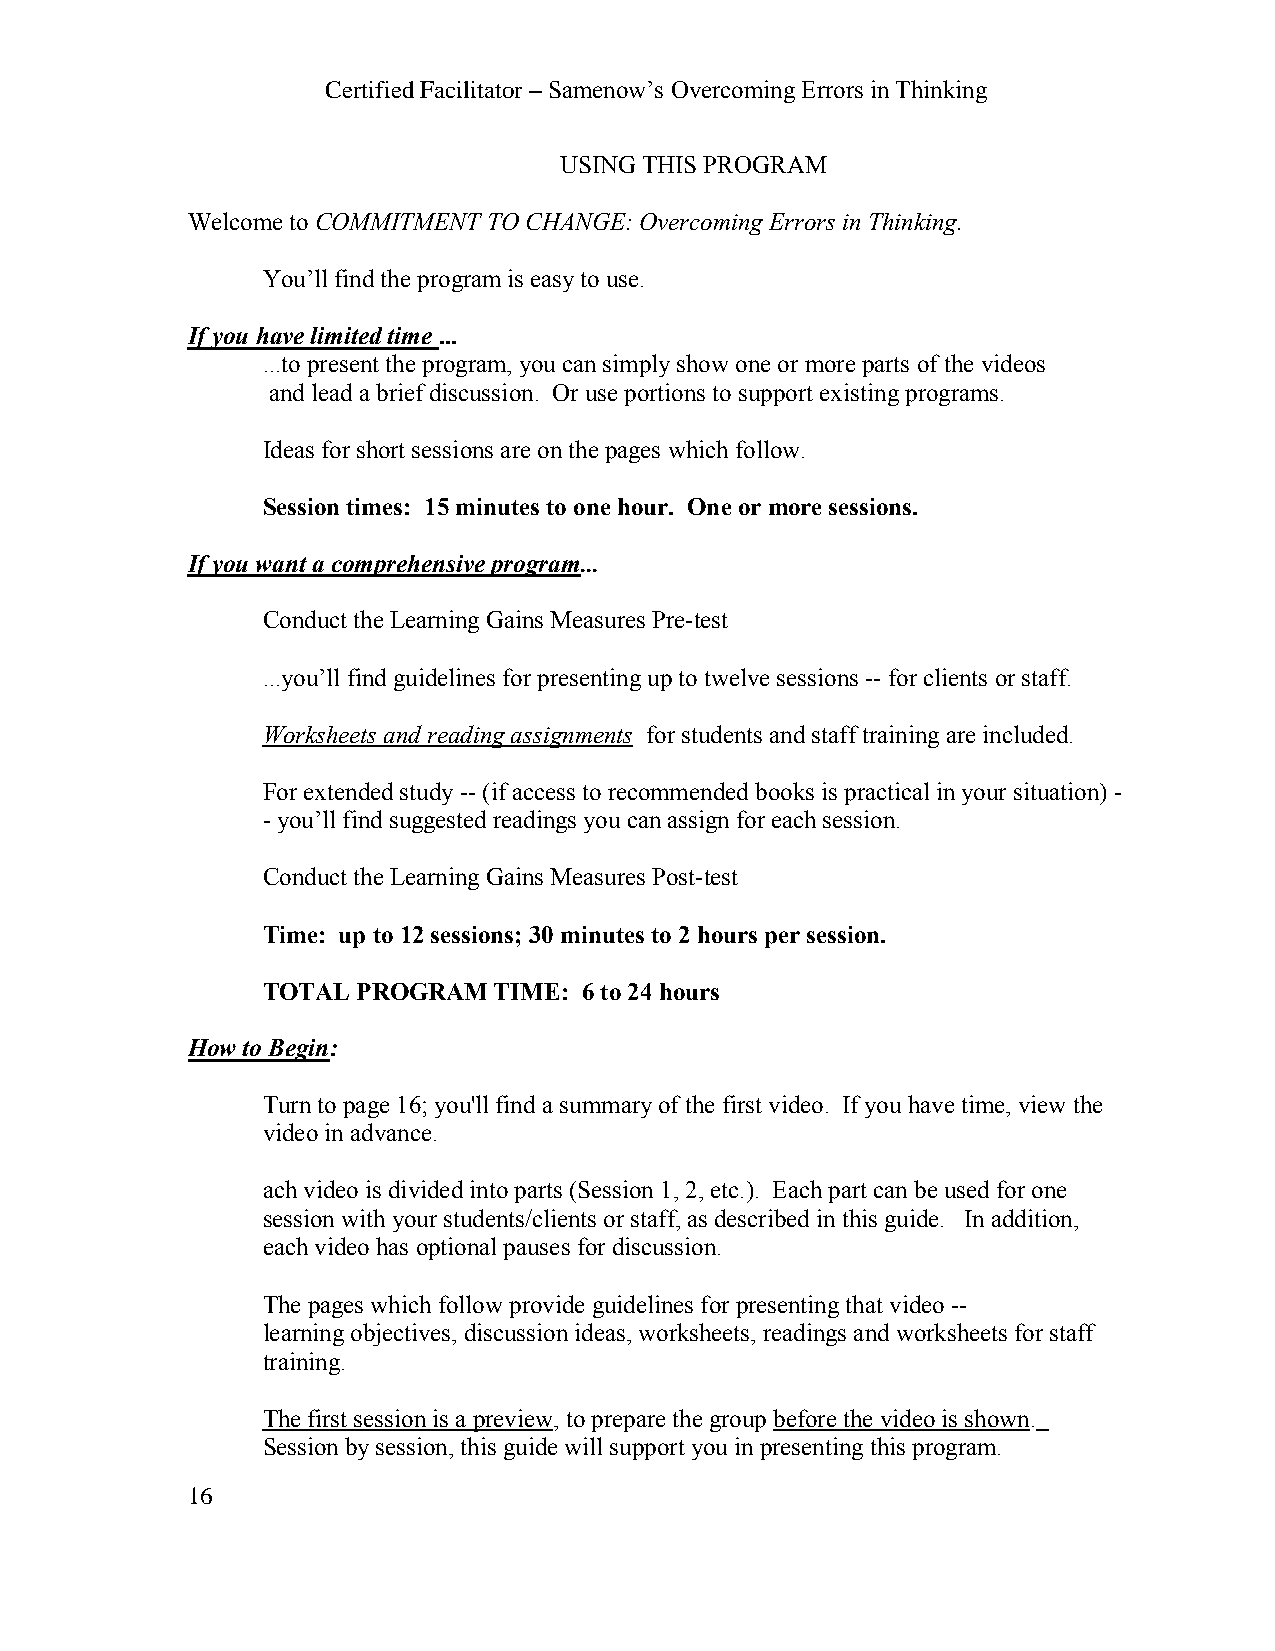
Certified Facilitator – Samenow’s Overcoming Errors in Thinking
 USING THIS PROGRAM
 Welcome to COMMITMENT TO CHANGE: Overcoming Errors in Thinking.
 You’ll find the program is easy to use.
 If you have limited time ...
 ...to present the program, you can simply show one or more parts of the videos
 and lead a brief discussion. Or use portions to support existing programs.
 Ideas for short sessions are on the pages which follow.
 Session times: 15 minutes to one hour. One or more sessions.
 If you want a comprehensive program...
 Conduct the Learning Gains Measures Pre-test
 ...you’ll find guidelines for presenting up to twelve sessions -- for clients or staff.
 Worksheets and reading assignments for students and staff training are included.
 For extended study -- (if access to recommended books is practical in your situation) -
 - you’ll find suggested readings you can assign for each session.
 Conduct the Learning Gains Measures Post-test
 Time: up to 12 sessions; 30 minutes to 2 hours per session.
 TOTAL  PROGRAM  TIME: 6 to 24 hours
 How to Begin:
 Turn to page 16; you'll find a summary of the first video. If you have time, view the
 video in advance.
 ach video is divided into parts (Session 1, 2, etc.). Each part can be used for one
 session with your students/clients or staff, as described in this guide. In addition,
 each video has optional pauses for discussion.
 The pages which follow provide guidelines for presenting that video --
 learning objectives, discussion ideas, worksheets, readings and worksheets for staff
 training.
 The first session is a preview, to prepare the group before the video is shown.
 Session by session, this guide will support you in presenting this program.
 16